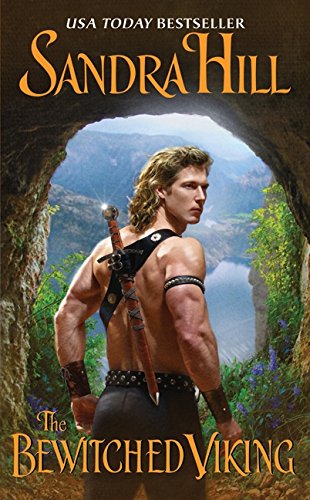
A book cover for The Bewitched Viking (Viking I); Sandra Hill; Romance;